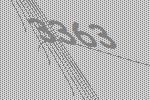
3363